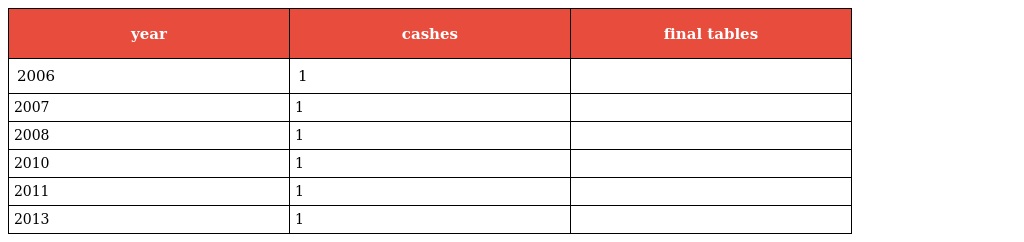
| year | cashes | final tables |
 | --- | --- | --- |
 | 2006 | 1 |  |
 | 2007 | 1 |  |
 | 2008 | 1 |  |
 | 2010 | 1 |  |
 | 2011 | 1 |  |
 | 2013 | 1 |  |